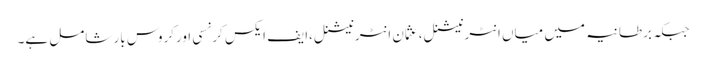
جبکہ برطانیہ میں میاں انٹرنیشنل،عثمان انٹرنیشنل،ایف ایکس کرنسی اورکروس بار شامل ہے۔